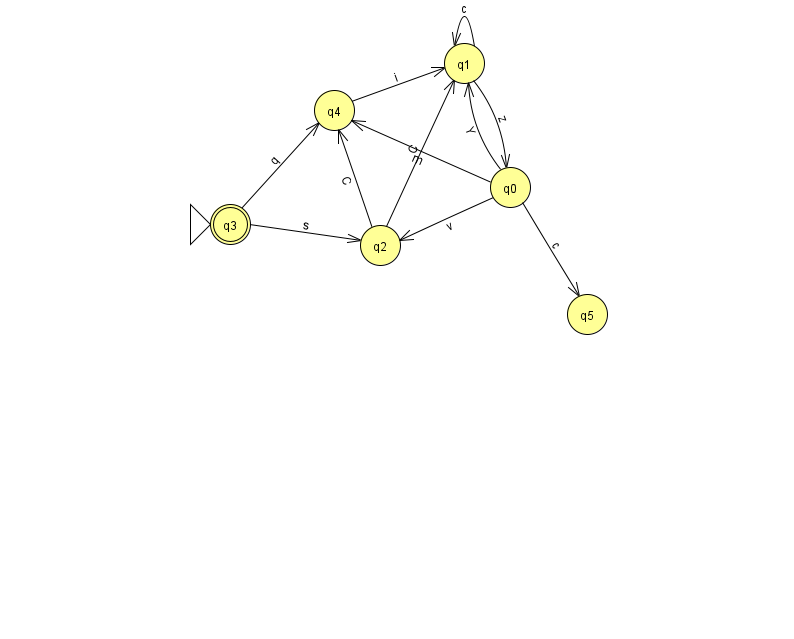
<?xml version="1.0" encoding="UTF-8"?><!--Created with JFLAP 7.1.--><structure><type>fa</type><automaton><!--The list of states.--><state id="0" name="q0"><x>510.0</x><y>174.0</y></state><state id="1" name="q1"><x>464.0</x><y>50.0</y></state><state id="2" name="q2"><x>380.0</x><y>232.0</y></state><state id="3" name="q3"><x>230.0</x><y>211.0</y><initial/><final/></state><state id="4" name="q4"><x>334.0</x><y>97.0</y></state><state id="5" name="q5"><x>587.0</x><y>301.0</y></state><!--The list of transitions.--><transition><from>1</from><to>1</to><read>c</read></transition><transition><from>3</from><to>4</to><read>q</read></transition><transition><from>0</from><to>5</to><read>c</read></transition><transition><from>2</from><to>4</to><read>C</read></transition><transition><from>0</from><to>2</to><read>v</read></transition><transition><from>2</from><to>1</to><read>C</read></transition><transition><from>4</from><to>1</to><read>i</read></transition><transition><from>0</from><to>4</to><read>m</read></transition><transition><from>0</from><to>1</to><read>Y</read></transition><transition><from>3</from><to>2</to><read>s</read></transition><transition><from>1</from><to>0</to><read>z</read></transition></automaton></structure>